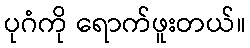
ပုဂံကို ရောက်ဖူးတယ်။